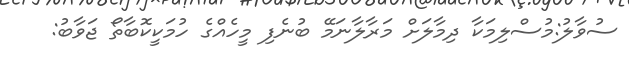
ސުވާލު:މުސްލިމަކާ ދިމާލަށް މަރާލާނަމޭ ބުނެފި މީހެއްގެ ހުމަކީކޮބާތޯ ޖަވާބު: